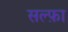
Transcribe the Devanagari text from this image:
सल्फ़ा